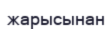
жарысынан